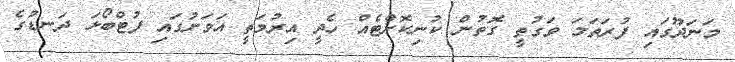
މަނަދޫގައި ފުރަތަމަ ވަގުތީ ގޮތުން ކުނިކޮށްޓެއް ހެދީ އިރުމަތީ އަވަށުގައި ފުޓްބޯޅަ ދަނޑުގެ